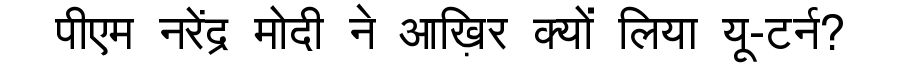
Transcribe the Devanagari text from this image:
पीएम नरेंद्र मोदी ने आख़िर क्यों लिया यू-टर्न?